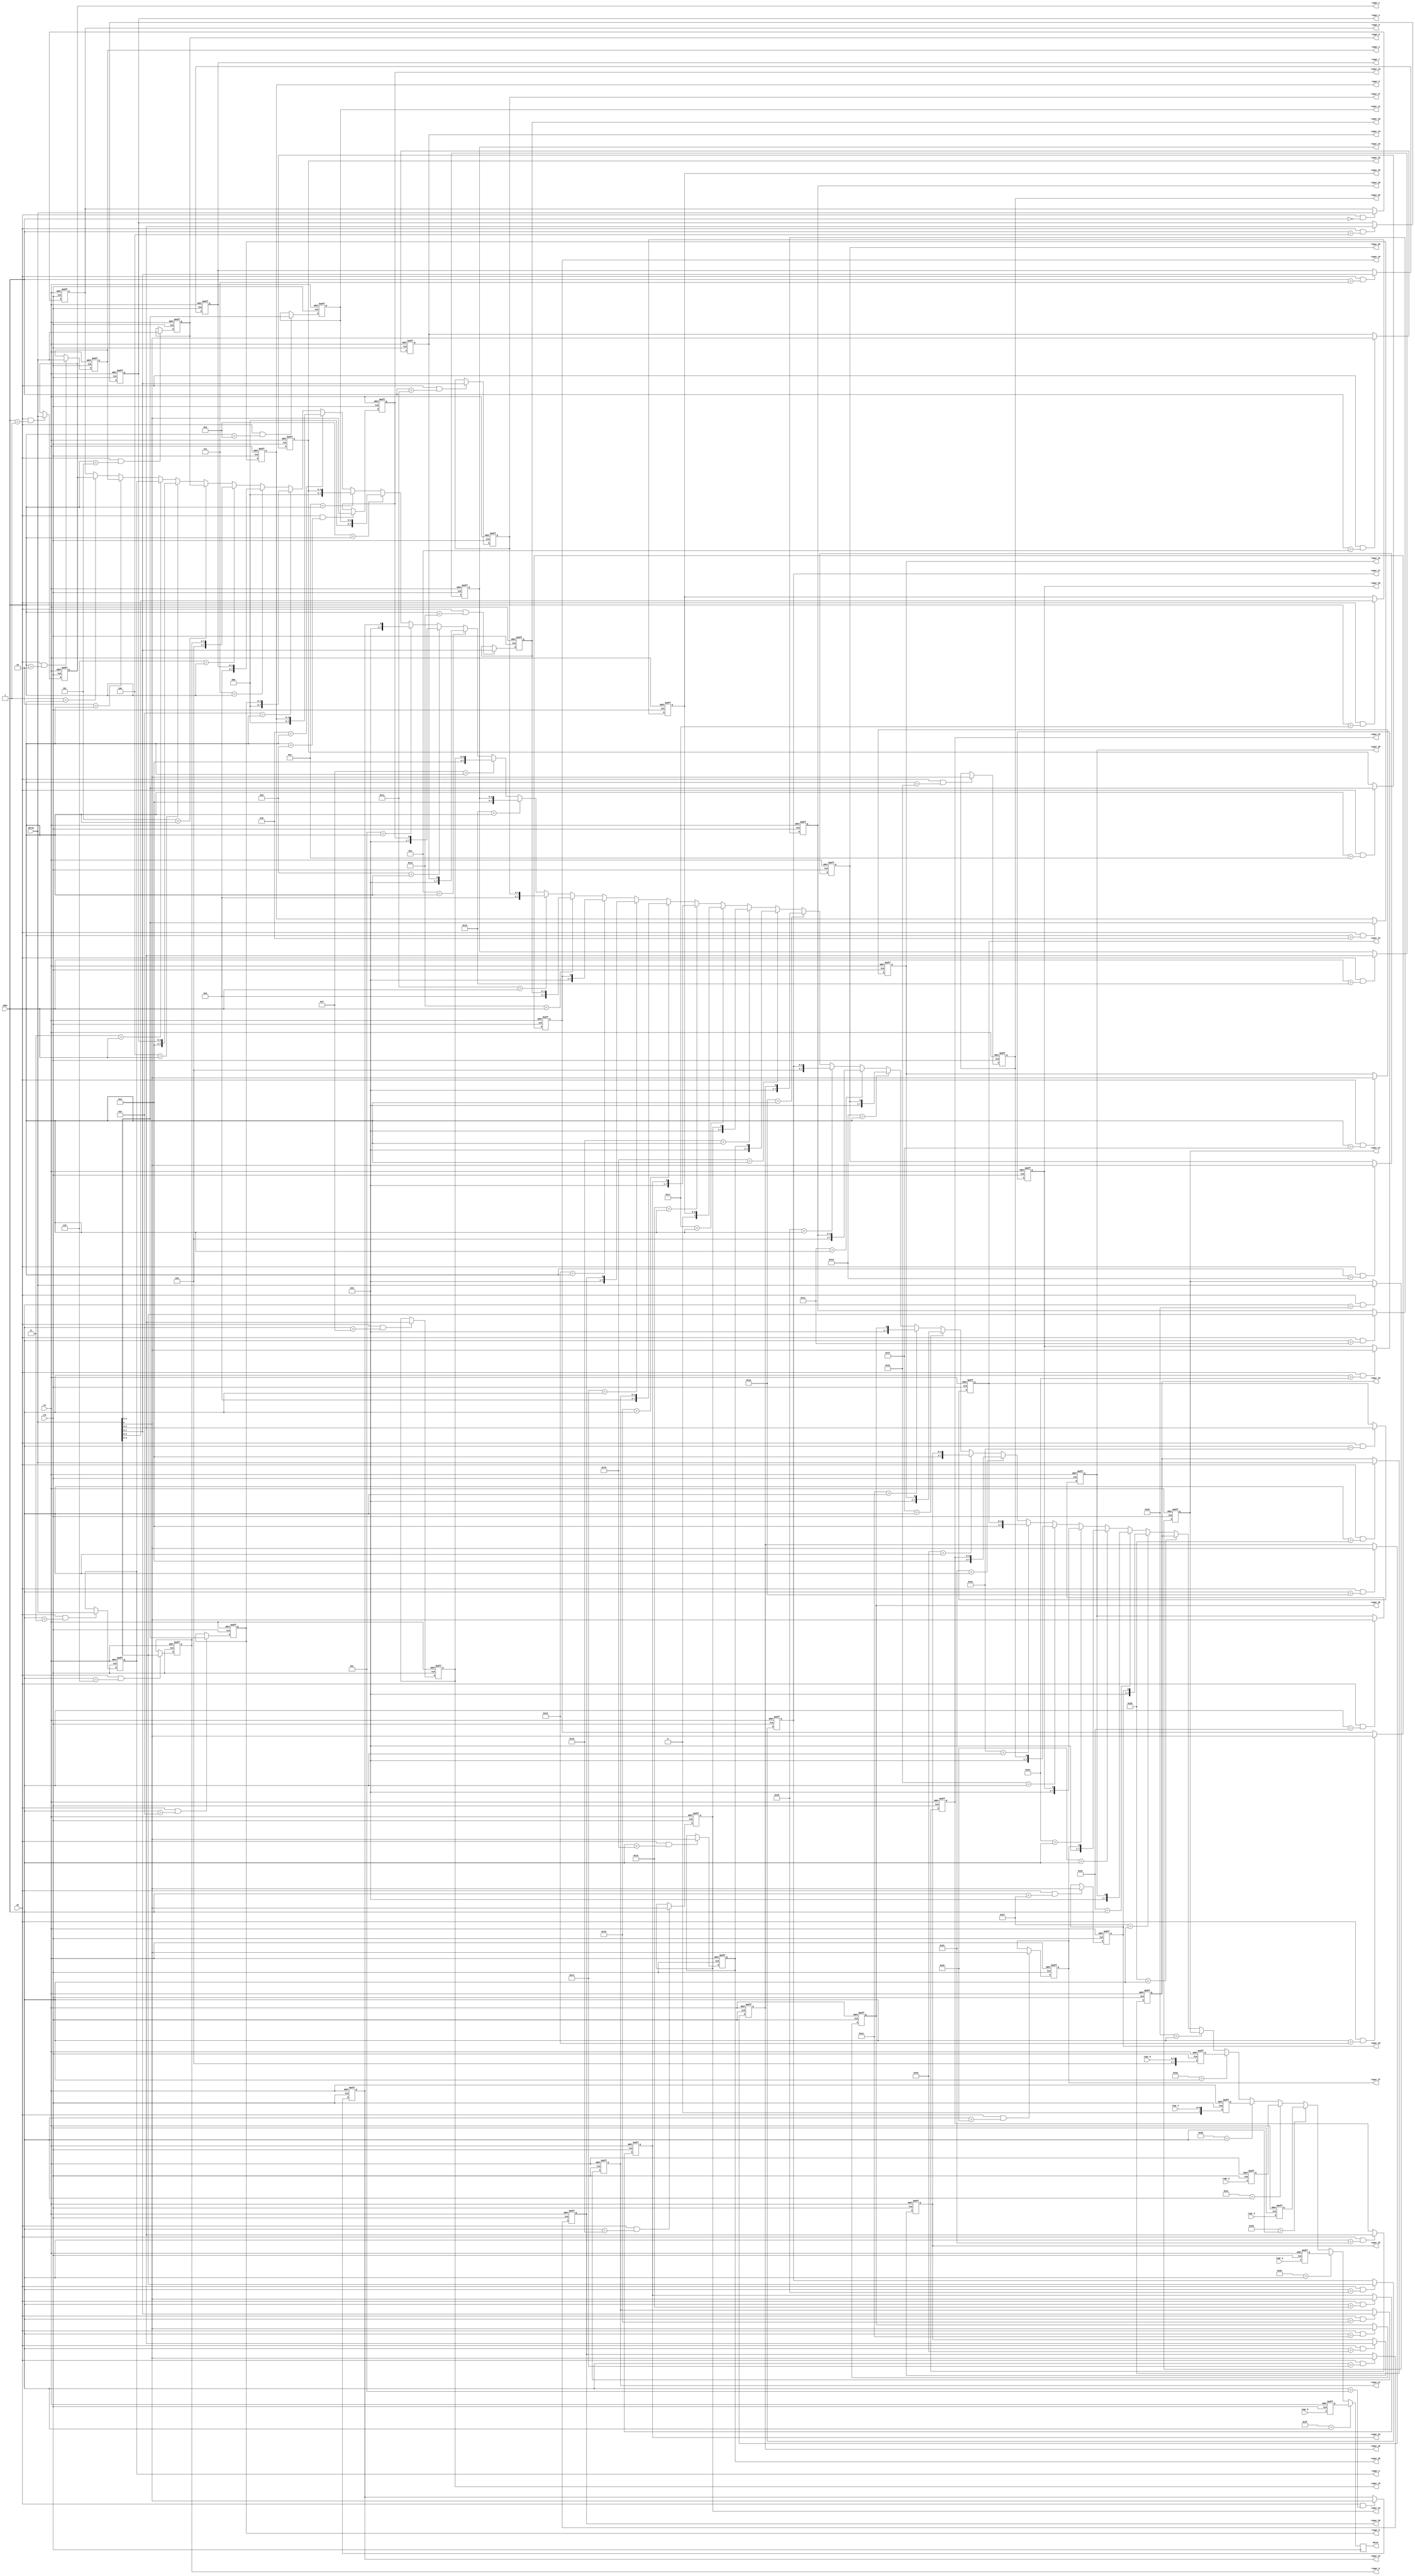
module registers(
  input        clk,
  input        rst,
  input        we,
  input  [7:0] dataw,
  input  [5:0] addr,
  output [7:0] datar,
  input  [3:0] regr_0,
  input  [6:0] regr_1,
  input  [7:0] regr_2,
  input  [7:0] regr_3,
  input  [7:0] regr_4,
  input  [7:0] regr_5,
  output [7:0] regwr_0,
  output [7:0] regwr_1,
  output [7:0] regwr_2,
  output [7:0] regwr_3,
  output [2:0] regwr_4,
  output [7:0] regwr_5,
  output [3:0] regwr_6,
  output [1:0] regwr_7,
  output [4:0] regwr_8,
  output [4:0] regwr_9,
  output [4:0] regwr_10,
  output [4:0] regwr_11,
  output       regwr_12,
  output       regwr_13,
  output       regwr_14,
  output [2:0] regwr_15,
  output [2:0] regwr_16,
  output [1:0] regwr_17,
  output [1:0] regwr_18,
  output       regwr_19,
  output       regwr_20,
  output [1:0] regwr_21,
  output       regwr_22,
  output [6:0] regwr_23,
  output       regwr_24,
  output       regwr_25,
  output       regwr_26,
  output [3:0] regwr_27,
  output [3:0] regwr_28,
  output       regwr_29,
  output       regwr_30,
  output       regwr_31,
  output [2:0] regwr_32,
  output [2:0] regwr_33,
  output [2:0] regwr_34,
  output       regwr_35,
  output       regwr_36,
  output       regwr_37,
  output       regwr_38,
  output       regwr_39,
  output [7:0] regwr_40,
  output [7:0] regwr_41
);
  reg [7:0] _T; // @[registers.scala 40:43]
  reg [31:0] _RAND_0;
  wire  _T_1 = addr == 6'h0; // @[registers.scala 41:39]
  wire  _T_2 = we & _T_1; // @[registers.scala 41:33]
  reg [7:0] _T_3; // @[registers.scala 40:43]
  reg [31:0] _RAND_1;
  wire  _T_4 = addr == 6'h1; // @[registers.scala 41:39]
  wire  _T_5 = we & _T_4; // @[registers.scala 41:33]
  reg [7:0] _T_6; // @[registers.scala 40:43]
  reg [31:0] _RAND_2;
  wire  _T_7 = addr == 6'h2; // @[registers.scala 41:39]
  wire  _T_8 = we & _T_7; // @[registers.scala 41:33]
  reg [7:0] _T_9; // @[registers.scala 40:43]
  reg [31:0] _RAND_3;
  wire  _T_10 = addr == 6'h3; // @[registers.scala 41:39]
  wire  _T_11 = we & _T_10; // @[registers.scala 41:33]
  reg [2:0] _T_12; // @[registers.scala 40:43]
  reg [31:0] _RAND_4;
  wire  _T_13 = addr == 6'h4; // @[registers.scala 41:39]
  wire  _T_14 = we & _T_13; // @[registers.scala 41:33]
  wire [7:0] _GEN_4 = _T_14 ? dataw : {{5'd0}, _T_12}; // @[registers.scala 41:46]
  reg [7:0] _T_15; // @[registers.scala 40:43]
  reg [31:0] _RAND_5;
  wire  _T_16 = addr == 6'h5; // @[registers.scala 41:39]
  wire  _T_17 = we & _T_16; // @[registers.scala 41:33]
  reg [3:0] _T_18; // @[registers.scala 40:43]
  reg [31:0] _RAND_6;
  wire  _T_19 = addr == 6'h6; // @[registers.scala 41:39]
  wire  _T_20 = we & _T_19; // @[registers.scala 41:33]
  wire [7:0] _GEN_6 = _T_20 ? dataw : {{4'd0}, _T_18}; // @[registers.scala 41:46]
  reg [1:0] _T_21; // @[registers.scala 40:43]
  reg [31:0] _RAND_7;
  wire  _T_22 = addr == 6'h7; // @[registers.scala 41:39]
  wire  _T_23 = we & _T_22; // @[registers.scala 41:33]
  wire [7:0] _GEN_7 = _T_23 ? dataw : {{6'd0}, _T_21}; // @[registers.scala 41:46]
  reg [4:0] _T_24; // @[registers.scala 40:43]
  reg [31:0] _RAND_8;
  wire  _T_25 = addr == 6'h8; // @[registers.scala 41:39]
  wire  _T_26 = we & _T_25; // @[registers.scala 41:33]
  wire [7:0] _GEN_8 = _T_26 ? dataw : {{3'd0}, _T_24}; // @[registers.scala 41:46]
  reg [4:0] _T_27; // @[registers.scala 40:43]
  reg [31:0] _RAND_9;
  wire  _T_28 = addr == 6'h9; // @[registers.scala 41:39]
  wire  _T_29 = we & _T_28; // @[registers.scala 41:33]
  wire [7:0] _GEN_9 = _T_29 ? dataw : {{3'd0}, _T_27}; // @[registers.scala 41:46]
  reg [4:0] _T_30; // @[registers.scala 40:43]
  reg [31:0] _RAND_10;
  wire  _T_31 = addr == 6'ha; // @[registers.scala 41:39]
  wire  _T_32 = we & _T_31; // @[registers.scala 41:33]
  wire [7:0] _GEN_10 = _T_32 ? dataw : {{3'd0}, _T_30}; // @[registers.scala 41:46]
  reg [4:0] _T_33; // @[registers.scala 40:43]
  reg [31:0] _RAND_11;
  wire  _T_34 = addr == 6'hb; // @[registers.scala 41:39]
  wire  _T_35 = we & _T_34; // @[registers.scala 41:33]
  wire [7:0] _GEN_11 = _T_35 ? dataw : {{3'd0}, _T_33}; // @[registers.scala 41:46]
  reg  _T_36; // @[registers.scala 40:43]
  reg [31:0] _RAND_12;
  wire  _T_37 = addr == 6'hc; // @[registers.scala 41:39]
  wire  _T_38 = we & _T_37; // @[registers.scala 41:33]
  wire [7:0] _GEN_12 = _T_38 ? dataw : {{7'd0}, _T_36}; // @[registers.scala 41:46]
  reg  _T_39; // @[registers.scala 40:43]
  reg [31:0] _RAND_13;
  wire  _T_40 = addr == 6'hd; // @[registers.scala 41:39]
  wire  _T_41 = we & _T_40; // @[registers.scala 41:33]
  wire [7:0] _GEN_13 = _T_41 ? dataw : {{7'd0}, _T_39}; // @[registers.scala 41:46]
  reg  _T_42; // @[registers.scala 40:43]
  reg [31:0] _RAND_14;
  wire  _T_43 = addr == 6'he; // @[registers.scala 41:39]
  wire  _T_44 = we & _T_43; // @[registers.scala 41:33]
  wire [7:0] _GEN_14 = _T_44 ? dataw : {{7'd0}, _T_42}; // @[registers.scala 41:46]
  reg [2:0] _T_45; // @[registers.scala 40:43]
  reg [31:0] _RAND_15;
  wire  _T_46 = addr == 6'hf; // @[registers.scala 41:39]
  wire  _T_47 = we & _T_46; // @[registers.scala 41:33]
  wire [7:0] _GEN_15 = _T_47 ? dataw : {{5'd0}, _T_45}; // @[registers.scala 41:46]
  reg [2:0] _T_48; // @[registers.scala 40:43]
  reg [31:0] _RAND_16;
  wire  _T_49 = addr == 6'h10; // @[registers.scala 41:39]
  wire  _T_50 = we & _T_49; // @[registers.scala 41:33]
  wire [7:0] _GEN_16 = _T_50 ? dataw : {{5'd0}, _T_48}; // @[registers.scala 41:46]
  reg [1:0] _T_51; // @[registers.scala 40:43]
  reg [31:0] _RAND_17;
  wire  _T_52 = addr == 6'h11; // @[registers.scala 41:39]
  wire  _T_53 = we & _T_52; // @[registers.scala 41:33]
  wire [7:0] _GEN_17 = _T_53 ? dataw : {{6'd0}, _T_51}; // @[registers.scala 41:46]
  reg [1:0] _T_54; // @[registers.scala 40:43]
  reg [31:0] _RAND_18;
  wire  _T_55 = addr == 6'h12; // @[registers.scala 41:39]
  wire  _T_56 = we & _T_55; // @[registers.scala 41:33]
  wire [7:0] _GEN_18 = _T_56 ? dataw : {{6'd0}, _T_54}; // @[registers.scala 41:46]
  reg  _T_57; // @[registers.scala 40:43]
  reg [31:0] _RAND_19;
  wire  _T_58 = addr == 6'h13; // @[registers.scala 41:39]
  wire  _T_59 = we & _T_58; // @[registers.scala 41:33]
  wire [7:0] _GEN_19 = _T_59 ? dataw : {{7'd0}, _T_57}; // @[registers.scala 41:46]
  reg  _T_60; // @[registers.scala 40:43]
  reg [31:0] _RAND_20;
  wire  _T_61 = addr == 6'h14; // @[registers.scala 41:39]
  wire  _T_62 = we & _T_61; // @[registers.scala 41:33]
  wire [7:0] _GEN_20 = _T_62 ? dataw : {{7'd0}, _T_60}; // @[registers.scala 41:46]
  reg [1:0] _T_63; // @[registers.scala 40:43]
  reg [31:0] _RAND_21;
  wire  _T_64 = addr == 6'h15; // @[registers.scala 41:39]
  wire  _T_65 = we & _T_64; // @[registers.scala 41:33]
  wire [7:0] _GEN_21 = _T_65 ? dataw : {{6'd0}, _T_63}; // @[registers.scala 41:46]
  reg  _T_66; // @[registers.scala 40:43]
  reg [31:0] _RAND_22;
  wire  _T_67 = addr == 6'h16; // @[registers.scala 41:39]
  wire  _T_68 = we & _T_67; // @[registers.scala 41:33]
  wire [7:0] _GEN_22 = _T_68 ? dataw : {{7'd0}, _T_66}; // @[registers.scala 41:46]
  reg [6:0] _T_69; // @[registers.scala 40:43]
  reg [31:0] _RAND_23;
  wire  _T_70 = addr == 6'h17; // @[registers.scala 41:39]
  wire  _T_71 = we & _T_70; // @[registers.scala 41:33]
  wire [7:0] _GEN_23 = _T_71 ? dataw : {{1'd0}, _T_69}; // @[registers.scala 41:46]
  reg  _T_72; // @[registers.scala 40:43]
  reg [31:0] _RAND_24;
  wire  _T_73 = addr == 6'h18; // @[registers.scala 41:39]
  wire  _T_74 = we & _T_73; // @[registers.scala 41:33]
  wire [7:0] _GEN_24 = _T_74 ? dataw : {{7'd0}, _T_72}; // @[registers.scala 41:46]
  reg  _T_75; // @[registers.scala 40:43]
  reg [31:0] _RAND_25;
  wire  _T_76 = addr == 6'h19; // @[registers.scala 41:39]
  wire  _T_77 = we & _T_76; // @[registers.scala 41:33]
  wire [7:0] _GEN_25 = _T_77 ? dataw : {{7'd0}, _T_75}; // @[registers.scala 41:46]
  reg  _T_78; // @[registers.scala 40:43]
  reg [31:0] _RAND_26;
  wire  _T_79 = addr == 6'h1a; // @[registers.scala 41:39]
  wire  _T_80 = we & _T_79; // @[registers.scala 41:33]
  wire [7:0] _GEN_26 = _T_80 ? dataw : {{7'd0}, _T_78}; // @[registers.scala 41:46]
  reg [3:0] _T_81; // @[registers.scala 40:43]
  reg [31:0] _RAND_27;
  wire  _T_82 = addr == 6'h1b; // @[registers.scala 41:39]
  wire  _T_83 = we & _T_82; // @[registers.scala 41:33]
  wire [7:0] _GEN_27 = _T_83 ? dataw : {{4'd0}, _T_81}; // @[registers.scala 41:46]
  reg [3:0] _T_84; // @[registers.scala 40:43]
  reg [31:0] _RAND_28;
  wire  _T_85 = addr == 6'h1c; // @[registers.scala 41:39]
  wire  _T_86 = we & _T_85; // @[registers.scala 41:33]
  wire [7:0] _GEN_28 = _T_86 ? dataw : {{4'd0}, _T_84}; // @[registers.scala 41:46]
  reg  _T_87; // @[registers.scala 40:43]
  reg [31:0] _RAND_29;
  wire  _T_88 = addr == 6'h1d; // @[registers.scala 41:39]
  wire  _T_89 = we & _T_88; // @[registers.scala 41:33]
  wire [7:0] _GEN_29 = _T_89 ? dataw : {{7'd0}, _T_87}; // @[registers.scala 41:46]
  reg  _T_90; // @[registers.scala 40:43]
  reg [31:0] _RAND_30;
  wire  _T_91 = addr == 6'h1e; // @[registers.scala 41:39]
  wire  _T_92 = we & _T_91; // @[registers.scala 41:33]
  wire [7:0] _GEN_30 = _T_92 ? dataw : {{7'd0}, _T_90}; // @[registers.scala 41:46]
  reg  _T_93; // @[registers.scala 40:43]
  reg [31:0] _RAND_31;
  wire  _T_94 = addr == 6'h1f; // @[registers.scala 41:39]
  wire  _T_95 = we & _T_94; // @[registers.scala 41:33]
  wire [7:0] _GEN_31 = _T_95 ? dataw : {{7'd0}, _T_93}; // @[registers.scala 41:46]
  reg [2:0] _T_96; // @[registers.scala 40:43]
  reg [31:0] _RAND_32;
  wire  _T_97 = addr == 6'h20; // @[registers.scala 41:39]
  wire  _T_98 = we & _T_97; // @[registers.scala 41:33]
  wire [7:0] _GEN_32 = _T_98 ? dataw : {{5'd0}, _T_96}; // @[registers.scala 41:46]
  reg [2:0] _T_99; // @[registers.scala 40:43]
  reg [31:0] _RAND_33;
  wire  _T_100 = addr == 6'h21; // @[registers.scala 41:39]
  wire  _T_101 = we & _T_100; // @[registers.scala 41:33]
  wire [7:0] _GEN_33 = _T_101 ? dataw : {{5'd0}, _T_99}; // @[registers.scala 41:46]
  reg [2:0] _T_102; // @[registers.scala 40:43]
  reg [31:0] _RAND_34;
  wire  _T_103 = addr == 6'h22; // @[registers.scala 41:39]
  wire  _T_104 = we & _T_103; // @[registers.scala 41:33]
  wire [7:0] _GEN_34 = _T_104 ? dataw : {{5'd0}, _T_102}; // @[registers.scala 41:46]
  reg  _T_105; // @[registers.scala 40:43]
  reg [31:0] _RAND_35;
  wire  _T_106 = addr == 6'h23; // @[registers.scala 41:39]
  wire  _T_107 = we & _T_106; // @[registers.scala 41:33]
  wire [7:0] _GEN_35 = _T_107 ? dataw : {{7'd0}, _T_105}; // @[registers.scala 41:46]
  reg  _T_108; // @[registers.scala 40:43]
  reg [31:0] _RAND_36;
  wire  _T_109 = addr == 6'h24; // @[registers.scala 41:39]
  wire  _T_110 = we & _T_109; // @[registers.scala 41:33]
  wire [7:0] _GEN_36 = _T_110 ? dataw : {{7'd0}, _T_108}; // @[registers.scala 41:46]
  reg  _T_111; // @[registers.scala 40:43]
  reg [31:0] _RAND_37;
  wire  _T_112 = addr == 6'h25; // @[registers.scala 41:39]
  wire  _T_113 = we & _T_112; // @[registers.scala 41:33]
  wire [7:0] _GEN_37 = _T_113 ? dataw : {{7'd0}, _T_111}; // @[registers.scala 41:46]
  reg  _T_114; // @[registers.scala 40:43]
  reg [31:0] _RAND_38;
  wire  _T_115 = addr == 6'h26; // @[registers.scala 41:39]
  wire  _T_116 = we & _T_115; // @[registers.scala 41:33]
  wire [7:0] _GEN_38 = _T_116 ? dataw : {{7'd0}, _T_114}; // @[registers.scala 41:46]
  reg  _T_117; // @[registers.scala 40:43]
  reg [31:0] _RAND_39;
  wire  _T_118 = addr == 6'h27; // @[registers.scala 41:39]
  wire  _T_119 = we & _T_118; // @[registers.scala 41:33]
  wire [7:0] _GEN_39 = _T_119 ? dataw : {{7'd0}, _T_117}; // @[registers.scala 41:46]
  reg [7:0] _T_120; // @[registers.scala 40:43]
  reg [31:0] _RAND_40;
  wire  _T_121 = addr == 6'h28; // @[registers.scala 41:39]
  wire  _T_122 = we & _T_121; // @[registers.scala 41:33]
  reg [7:0] _T_123; // @[registers.scala 40:43]
  reg [31:0] _RAND_41;
  wire  _T_124 = addr == 6'h29; // @[registers.scala 41:39]
  wire  _T_125 = we & _T_124; // @[registers.scala 41:33]
  reg [7:0] _T_128_0; // @[registers.scala 51:39]
  reg [31:0] _RAND_42;
  reg [7:0] _T_128_1; // @[registers.scala 51:39]
  reg [31:0] _RAND_43;
  reg [7:0] _T_128_2; // @[registers.scala 51:39]
  reg [31:0] _RAND_44;
  reg [7:0] _T_128_3; // @[registers.scala 51:39]
  reg [31:0] _RAND_45;
  reg [7:0] _T_128_4; // @[registers.scala 51:39]
  reg [31:0] _RAND_46;
  reg [7:0] _T_128_5; // @[registers.scala 51:39]
  reg [31:0] _RAND_47;
  wire [7:0] _T_126_4 = {{5'd0}, _T_12}; // @[registers.scala 48:37 registers.scala 49:26]
  wire [7:0] _T_126_6 = {{4'd0}, _T_18}; // @[registers.scala 48:37 registers.scala 49:26]
  wire [7:0] _T_126_9 = {{3'd0}, _T_27}; // @[registers.scala 48:37 registers.scala 49:26]
  wire [7:0] _T_126_8 = {{3'd0}, _T_24}; // @[registers.scala 48:37 registers.scala 49:26]
  wire [7:0] _T_126_7 = {{6'd0}, _T_21}; // @[registers.scala 48:37 registers.scala 49:26]
  wire [79:0] _T_143 = {_T_126_9,_T_126_8,_T_126_7,_T_126_6,_T_15,_T_126_4,_T_9,_T_6,_T_3,_T}; // @[registers.scala 61:68]
  wire [7:0] _T_126_11 = {{3'd0}, _T_33}; // @[registers.scala 48:37 registers.scala 49:26]
  wire [7:0] _T_126_10 = {{3'd0}, _T_30}; // @[registers.scala 48:37 registers.scala 49:26]
  wire [7:0] _T_126_14 = {{7'd0}, _T_42}; // @[registers.scala 48:37 registers.scala 49:26]
  wire [7:0] _T_126_13 = {{7'd0}, _T_39}; // @[registers.scala 48:37 registers.scala 49:26]
  wire [7:0] _T_126_12 = {{7'd0}, _T_36}; // @[registers.scala 48:37 registers.scala 49:26]
  wire [39:0] _T_147 = {_T_126_14,_T_126_13,_T_126_12,_T_126_11,_T_126_10}; // @[registers.scala 61:68]
  wire [7:0] _T_126_17 = {{6'd0}, _T_51}; // @[registers.scala 48:37 registers.scala 49:26]
  wire [7:0] _T_126_16 = {{5'd0}, _T_48}; // @[registers.scala 48:37 registers.scala 49:26]
  wire [7:0] _T_126_15 = {{5'd0}, _T_45}; // @[registers.scala 48:37 registers.scala 49:26]
  wire [7:0] _T_126_20 = {{7'd0}, _T_60}; // @[registers.scala 48:37 registers.scala 49:26]
  wire [7:0] _T_126_19 = {{7'd0}, _T_57}; // @[registers.scala 48:37 registers.scala 49:26]
  wire [7:0] _T_126_18 = {{6'd0}, _T_54}; // @[registers.scala 48:37 registers.scala 49:26]
  wire [167:0] _T_154 = {_T_126_20,_T_126_19,_T_126_18,_T_126_17,_T_126_16,_T_126_15,_T_147,_T_143}; // @[registers.scala 61:68]
  wire [7:0] _T_126_22 = {{7'd0}, _T_66}; // @[registers.scala 48:37 registers.scala 49:26]
  wire [7:0] _T_126_21 = {{6'd0}, _T_63}; // @[registers.scala 48:37 registers.scala 49:26]
  wire [7:0] _T_126_25 = {{7'd0}, _T_75}; // @[registers.scala 48:37 registers.scala 49:26]
  wire [7:0] _T_126_24 = {{7'd0}, _T_72}; // @[registers.scala 48:37 registers.scala 49:26]
  wire [7:0] _T_126_23 = {{1'd0}, _T_69}; // @[registers.scala 48:37 registers.scala 49:26]
  wire [7:0] _T_126_27 = {{4'd0}, _T_81}; // @[registers.scala 48:37 registers.scala 49:26]
  wire [7:0] _T_126_26 = {{7'd0}, _T_78}; // @[registers.scala 48:37 registers.scala 49:26]
  wire [7:0] _T_126_30 = {{7'd0}, _T_90}; // @[registers.scala 48:37 registers.scala 49:26]
  wire [7:0] _T_126_29 = {{7'd0}, _T_87}; // @[registers.scala 48:37 registers.scala 49:26]
  wire [7:0] _T_126_28 = {{4'd0}, _T_84}; // @[registers.scala 48:37 registers.scala 49:26]
  wire [79:0] _T_163 = {_T_126_30,_T_126_29,_T_126_28,_T_126_27,_T_126_26,_T_126_25,_T_126_24,_T_126_23,_T_126_22,_T_126_21}; // @[registers.scala 61:68]
  wire [7:0] _T_126_32 = {{5'd0}, _T_96}; // @[registers.scala 48:37 registers.scala 49:26]
  wire [7:0] _T_126_31 = {{7'd0}, _T_93}; // @[registers.scala 48:37 registers.scala 49:26]
  wire [7:0] _T_126_35 = {{7'd0}, _T_105}; // @[registers.scala 48:37 registers.scala 49:26]
  wire [7:0] _T_126_34 = {{5'd0}, _T_102}; // @[registers.scala 48:37 registers.scala 49:26]
  wire [7:0] _T_126_33 = {{5'd0}, _T_99}; // @[registers.scala 48:37 registers.scala 49:26]
  wire [39:0] _T_167 = {_T_126_35,_T_126_34,_T_126_33,_T_126_32,_T_126_31}; // @[registers.scala 61:68]
  wire [7:0] _T_126_38 = {{7'd0}, _T_114}; // @[registers.scala 48:37 registers.scala 49:26]
  wire [7:0] _T_126_37 = {{7'd0}, _T_111}; // @[registers.scala 48:37 registers.scala 49:26]
  wire [7:0] _T_126_36 = {{7'd0}, _T_108}; // @[registers.scala 48:37 registers.scala 49:26]
  wire [7:0] _T_126_39 = {{7'd0}, _T_117}; // @[registers.scala 48:37 registers.scala 49:26]
  wire [335:0] _T_175 = {_T_123,_T_120,_T_126_39,_T_126_38,_T_126_37,_T_126_36,_T_167,_T_163,_T_154}; // @[registers.scala 61:68]
  wire [383:0] _T_176 = {_T_128_5,_T_128_4,_T_128_3,_T_128_2,_T_128_1,_T_128_0,_T_175}; // @[Cat.scala 30:58]
  reg [7:0] _T_227; // @[registers.scala 63:37]
  reg [31:0] _RAND_48;
  assign datar = _T_227; // @[registers.scala 64:22]
  assign regwr_0 = _T; // @[registers.scala 46:33]
  assign regwr_1 = _T_3; // @[registers.scala 46:33]
  assign regwr_2 = _T_6; // @[registers.scala 46:33]
  assign regwr_3 = _T_9; // @[registers.scala 46:33]
  assign regwr_4 = _T_12; // @[registers.scala 46:33]
  assign regwr_5 = _T_15; // @[registers.scala 46:33]
  assign regwr_6 = _T_18; // @[registers.scala 46:33]
  assign regwr_7 = _T_21; // @[registers.scala 46:33]
  assign regwr_8 = _T_24; // @[registers.scala 46:33]
  assign regwr_9 = _T_27; // @[registers.scala 46:33]
  assign regwr_10 = _T_30; // @[registers.scala 46:33]
  assign regwr_11 = _T_33; // @[registers.scala 46:33]
  assign regwr_12 = _T_36; // @[registers.scala 46:33]
  assign regwr_13 = _T_39; // @[registers.scala 46:33]
  assign regwr_14 = _T_42; // @[registers.scala 46:33]
  assign regwr_15 = _T_45; // @[registers.scala 46:33]
  assign regwr_16 = _T_48; // @[registers.scala 46:33]
  assign regwr_17 = _T_51; // @[registers.scala 46:33]
  assign regwr_18 = _T_54; // @[registers.scala 46:33]
  assign regwr_19 = _T_57; // @[registers.scala 46:33]
  assign regwr_20 = _T_60; // @[registers.scala 46:33]
  assign regwr_21 = _T_63; // @[registers.scala 46:33]
  assign regwr_22 = _T_66; // @[registers.scala 46:33]
  assign regwr_23 = _T_69; // @[registers.scala 46:33]
  assign regwr_24 = _T_72; // @[registers.scala 46:33]
  assign regwr_25 = _T_75; // @[registers.scala 46:33]
  assign regwr_26 = _T_78; // @[registers.scala 46:33]
  assign regwr_27 = _T_81; // @[registers.scala 46:33]
  assign regwr_28 = _T_84; // @[registers.scala 46:33]
  assign regwr_29 = _T_87; // @[registers.scala 46:33]
  assign regwr_30 = _T_90; // @[registers.scala 46:33]
  assign regwr_31 = _T_93; // @[registers.scala 46:33]
  assign regwr_32 = _T_96; // @[registers.scala 46:33]
  assign regwr_33 = _T_99; // @[registers.scala 46:33]
  assign regwr_34 = _T_102; // @[registers.scala 46:33]
  assign regwr_35 = _T_105; // @[registers.scala 46:33]
  assign regwr_36 = _T_108; // @[registers.scala 46:33]
  assign regwr_37 = _T_111; // @[registers.scala 46:33]
  assign regwr_38 = _T_114; // @[registers.scala 46:33]
  assign regwr_39 = _T_117; // @[registers.scala 46:33]
  assign regwr_40 = _T_120; // @[registers.scala 46:33]
  assign regwr_41 = _T_123; // @[registers.scala 46:33]
`ifdef RANDOMIZE_GARBAGE_ASSIGN
`define RANDOMIZE
`endif
`ifdef RANDOMIZE_INVALID_ASSIGN
`define RANDOMIZE
`endif
`ifdef RANDOMIZE_REG_INIT
`define RANDOMIZE
`endif
`ifdef RANDOMIZE_MEM_INIT
`define RANDOMIZE
`endif
`ifndef RANDOM
`define RANDOM $random
`endif
`ifdef RANDOMIZE_MEM_INIT
  integer initvar;
`endif
`ifndef SYNTHESIS
initial begin
  `ifdef RANDOMIZE
    `ifdef INIT_RANDOM
      `INIT_RANDOM
    `endif
    `ifndef VERILATOR
      `ifdef RANDOMIZE_DELAY
        #`RANDOMIZE_DELAY begin end
      `else
        #0.002 begin end
      `endif
    `endif
  `ifdef RANDOMIZE_REG_INIT
  _RAND_0 = {1{`RANDOM}};
  _T = _RAND_0[7:0];
  `endif // RANDOMIZE_REG_INIT
  `ifdef RANDOMIZE_REG_INIT
  _RAND_1 = {1{`RANDOM}};
  _T_3 = _RAND_1[7:0];
  `endif // RANDOMIZE_REG_INIT
  `ifdef RANDOMIZE_REG_INIT
  _RAND_2 = {1{`RANDOM}};
  _T_6 = _RAND_2[7:0];
  `endif // RANDOMIZE_REG_INIT
  `ifdef RANDOMIZE_REG_INIT
  _RAND_3 = {1{`RANDOM}};
  _T_9 = _RAND_3[7:0];
  `endif // RANDOMIZE_REG_INIT
  `ifdef RANDOMIZE_REG_INIT
  _RAND_4 = {1{`RANDOM}};
  _T_12 = _RAND_4[2:0];
  `endif // RANDOMIZE_REG_INIT
  `ifdef RANDOMIZE_REG_INIT
  _RAND_5 = {1{`RANDOM}};
  _T_15 = _RAND_5[7:0];
  `endif // RANDOMIZE_REG_INIT
  `ifdef RANDOMIZE_REG_INIT
  _RAND_6 = {1{`RANDOM}};
  _T_18 = _RAND_6[3:0];
  `endif // RANDOMIZE_REG_INIT
  `ifdef RANDOMIZE_REG_INIT
  _RAND_7 = {1{`RANDOM}};
  _T_21 = _RAND_7[1:0];
  `endif // RANDOMIZE_REG_INIT
  `ifdef RANDOMIZE_REG_INIT
  _RAND_8 = {1{`RANDOM}};
  _T_24 = _RAND_8[4:0];
  `endif // RANDOMIZE_REG_INIT
  `ifdef RANDOMIZE_REG_INIT
  _RAND_9 = {1{`RANDOM}};
  _T_27 = _RAND_9[4:0];
  `endif // RANDOMIZE_REG_INIT
  `ifdef RANDOMIZE_REG_INIT
  _RAND_10 = {1{`RANDOM}};
  _T_30 = _RAND_10[4:0];
  `endif // RANDOMIZE_REG_INIT
  `ifdef RANDOMIZE_REG_INIT
  _RAND_11 = {1{`RANDOM}};
  _T_33 = _RAND_11[4:0];
  `endif // RANDOMIZE_REG_INIT
  `ifdef RANDOMIZE_REG_INIT
  _RAND_12 = {1{`RANDOM}};
  _T_36 = _RAND_12[0:0];
  `endif // RANDOMIZE_REG_INIT
  `ifdef RANDOMIZE_REG_INIT
  _RAND_13 = {1{`RANDOM}};
  _T_39 = _RAND_13[0:0];
  `endif // RANDOMIZE_REG_INIT
  `ifdef RANDOMIZE_REG_INIT
  _RAND_14 = {1{`RANDOM}};
  _T_42 = _RAND_14[0:0];
  `endif // RANDOMIZE_REG_INIT
  `ifdef RANDOMIZE_REG_INIT
  _RAND_15 = {1{`RANDOM}};
  _T_45 = _RAND_15[2:0];
  `endif // RANDOMIZE_REG_INIT
  `ifdef RANDOMIZE_REG_INIT
  _RAND_16 = {1{`RANDOM}};
  _T_48 = _RAND_16[2:0];
  `endif // RANDOMIZE_REG_INIT
  `ifdef RANDOMIZE_REG_INIT
  _RAND_17 = {1{`RANDOM}};
  _T_51 = _RAND_17[1:0];
  `endif // RANDOMIZE_REG_INIT
  `ifdef RANDOMIZE_REG_INIT
  _RAND_18 = {1{`RANDOM}};
  _T_54 = _RAND_18[1:0];
  `endif // RANDOMIZE_REG_INIT
  `ifdef RANDOMIZE_REG_INIT
  _RAND_19 = {1{`RANDOM}};
  _T_57 = _RAND_19[0:0];
  `endif // RANDOMIZE_REG_INIT
  `ifdef RANDOMIZE_REG_INIT
  _RAND_20 = {1{`RANDOM}};
  _T_60 = _RAND_20[0:0];
  `endif // RANDOMIZE_REG_INIT
  `ifdef RANDOMIZE_REG_INIT
  _RAND_21 = {1{`RANDOM}};
  _T_63 = _RAND_21[1:0];
  `endif // RANDOMIZE_REG_INIT
  `ifdef RANDOMIZE_REG_INIT
  _RAND_22 = {1{`RANDOM}};
  _T_66 = _RAND_22[0:0];
  `endif // RANDOMIZE_REG_INIT
  `ifdef RANDOMIZE_REG_INIT
  _RAND_23 = {1{`RANDOM}};
  _T_69 = _RAND_23[6:0];
  `endif // RANDOMIZE_REG_INIT
  `ifdef RANDOMIZE_REG_INIT
  _RAND_24 = {1{`RANDOM}};
  _T_72 = _RAND_24[0:0];
  `endif // RANDOMIZE_REG_INIT
  `ifdef RANDOMIZE_REG_INIT
  _RAND_25 = {1{`RANDOM}};
  _T_75 = _RAND_25[0:0];
  `endif // RANDOMIZE_REG_INIT
  `ifdef RANDOMIZE_REG_INIT
  _RAND_26 = {1{`RANDOM}};
  _T_78 = _RAND_26[0:0];
  `endif // RANDOMIZE_REG_INIT
  `ifdef RANDOMIZE_REG_INIT
  _RAND_27 = {1{`RANDOM}};
  _T_81 = _RAND_27[3:0];
  `endif // RANDOMIZE_REG_INIT
  `ifdef RANDOMIZE_REG_INIT
  _RAND_28 = {1{`RANDOM}};
  _T_84 = _RAND_28[3:0];
  `endif // RANDOMIZE_REG_INIT
  `ifdef RANDOMIZE_REG_INIT
  _RAND_29 = {1{`RANDOM}};
  _T_87 = _RAND_29[0:0];
  `endif // RANDOMIZE_REG_INIT
  `ifdef RANDOMIZE_REG_INIT
  _RAND_30 = {1{`RANDOM}};
  _T_90 = _RAND_30[0:0];
  `endif // RANDOMIZE_REG_INIT
  `ifdef RANDOMIZE_REG_INIT
  _RAND_31 = {1{`RANDOM}};
  _T_93 = _RAND_31[0:0];
  `endif // RANDOMIZE_REG_INIT
  `ifdef RANDOMIZE_REG_INIT
  _RAND_32 = {1{`RANDOM}};
  _T_96 = _RAND_32[2:0];
  `endif // RANDOMIZE_REG_INIT
  `ifdef RANDOMIZE_REG_INIT
  _RAND_33 = {1{`RANDOM}};
  _T_99 = _RAND_33[2:0];
  `endif // RANDOMIZE_REG_INIT
  `ifdef RANDOMIZE_REG_INIT
  _RAND_34 = {1{`RANDOM}};
  _T_102 = _RAND_34[2:0];
  `endif // RANDOMIZE_REG_INIT
  `ifdef RANDOMIZE_REG_INIT
  _RAND_35 = {1{`RANDOM}};
  _T_105 = _RAND_35[0:0];
  `endif // RANDOMIZE_REG_INIT
  `ifdef RANDOMIZE_REG_INIT
  _RAND_36 = {1{`RANDOM}};
  _T_108 = _RAND_36[0:0];
  `endif // RANDOMIZE_REG_INIT
  `ifdef RANDOMIZE_REG_INIT
  _RAND_37 = {1{`RANDOM}};
  _T_111 = _RAND_37[0:0];
  `endif // RANDOMIZE_REG_INIT
  `ifdef RANDOMIZE_REG_INIT
  _RAND_38 = {1{`RANDOM}};
  _T_114 = _RAND_38[0:0];
  `endif // RANDOMIZE_REG_INIT
  `ifdef RANDOMIZE_REG_INIT
  _RAND_39 = {1{`RANDOM}};
  _T_117 = _RAND_39[0:0];
  `endif // RANDOMIZE_REG_INIT
  `ifdef RANDOMIZE_REG_INIT
  _RAND_40 = {1{`RANDOM}};
  _T_120 = _RAND_40[7:0];
  `endif // RANDOMIZE_REG_INIT
  `ifdef RANDOMIZE_REG_INIT
  _RAND_41 = {1{`RANDOM}};
  _T_123 = _RAND_41[7:0];
  `endif // RANDOMIZE_REG_INIT
  `ifdef RANDOMIZE_REG_INIT
  _RAND_42 = {1{`RANDOM}};
  _T_128_0 = _RAND_42[7:0];
  `endif // RANDOMIZE_REG_INIT
  `ifdef RANDOMIZE_REG_INIT
  _RAND_43 = {1{`RANDOM}};
  _T_128_1 = _RAND_43[7:0];
  `endif // RANDOMIZE_REG_INIT
  `ifdef RANDOMIZE_REG_INIT
  _RAND_44 = {1{`RANDOM}};
  _T_128_2 = _RAND_44[7:0];
  `endif // RANDOMIZE_REG_INIT
  `ifdef RANDOMIZE_REG_INIT
  _RAND_45 = {1{`RANDOM}};
  _T_128_3 = _RAND_45[7:0];
  `endif // RANDOMIZE_REG_INIT
  `ifdef RANDOMIZE_REG_INIT
  _RAND_46 = {1{`RANDOM}};
  _T_128_4 = _RAND_46[7:0];
  `endif // RANDOMIZE_REG_INIT
  `ifdef RANDOMIZE_REG_INIT
  _RAND_47 = {1{`RANDOM}};
  _T_128_5 = _RAND_47[7:0];
  `endif // RANDOMIZE_REG_INIT
  `ifdef RANDOMIZE_REG_INIT
  _RAND_48 = {1{`RANDOM}};
  _T_227 = _RAND_48[7:0];
  `endif // RANDOMIZE_REG_INIT
  if (rst) begin
    _T = 8'h81;
  end
  if (rst) begin
    _T_3 = 8'hff;
  end
  if (rst) begin
    _T_6 = 8'h0;
  end
  if (rst) begin
    _T_9 = 8'h0;
  end
  if (rst) begin
    _T_12 = 3'h4;
  end
  if (rst) begin
    _T_15 = 8'hff;
  end
  if (rst) begin
    _T_18 = 4'h0;
  end
  if (rst) begin
    _T_21 = 2'h0;
  end
  if (rst) begin
    _T_24 = 5'hb;
  end
  if (rst) begin
    _T_27 = 5'h2;
  end
  if (rst) begin
    _T_30 = 5'h0;
  end
  if (rst) begin
    _T_33 = 5'h0;
  end
  if (rst) begin
    _T_36 = 1'h0;
  end
  if (rst) begin
    _T_39 = 1'h0;
  end
  if (rst) begin
    _T_42 = 1'h1;
  end
  if (rst) begin
    _T_45 = 3'h3;
  end
  if (rst) begin
    _T_48 = 3'h1;
  end
  if (rst) begin
    _T_51 = 2'h1;
  end
  if (rst) begin
    _T_54 = 2'h1;
  end
  if (rst) begin
    _T_57 = 1'h0;
  end
  if (rst) begin
    _T_60 = 1'h0;
  end
  if (rst) begin
    _T_63 = 2'h0;
  end
  if (rst) begin
    _T_66 = 1'h1;
  end
  if (rst) begin
    _T_69 = 7'h0;
  end
  if (rst) begin
    _T_72 = 1'h0;
  end
  if (rst) begin
    _T_75 = 1'h0;
  end
  if (rst) begin
    _T_78 = 1'h0;
  end
  if (rst) begin
    _T_81 = 4'h0;
  end
  if (rst) begin
    _T_84 = 4'h8;
  end
  if (rst) begin
    _T_87 = 1'h0;
  end
  if (rst) begin
    _T_90 = 1'h0;
  end
  if (rst) begin
    _T_93 = 1'h0;
  end
  if (rst) begin
    _T_96 = 3'h0;
  end
  if (rst) begin
    _T_99 = 3'h0;
  end
  if (rst) begin
    _T_102 = 3'h0;
  end
  if (rst) begin
    _T_105 = 1'h1;
  end
  if (rst) begin
    _T_108 = 1'h1;
  end
  if (rst) begin
    _T_111 = 1'h1;
  end
  if (rst) begin
    _T_114 = 1'h0;
  end
  if (rst) begin
    _T_117 = 1'h0;
  end
  if (rst) begin
    _T_120 = 8'h0;
  end
  if (rst) begin
    _T_123 = 8'h0;
  end
  if (rst) begin
    _T_128_0 = 8'h0;
  end
  if (rst) begin
    _T_128_1 = 8'h0;
  end
  if (rst) begin
    _T_128_2 = 8'h0;
  end
  if (rst) begin
    _T_128_3 = 8'h0;
  end
  if (rst) begin
    _T_128_4 = 8'h0;
  end
  if (rst) begin
    _T_128_5 = 8'h0;
  end
  `endif // RANDOMIZE
end // initial
`endif // SYNTHESIS
  always @(posedge clk) begin
    if (6'h2f == addr) begin
      _T_227 <= _T_176[383:376];
    end else if (6'h2e == addr) begin
      _T_227 <= _T_176[375:368];
    end else if (6'h2d == addr) begin
      _T_227 <= _T_176[367:360];
    end else if (6'h2c == addr) begin
      _T_227 <= _T_176[359:352];
    end else if (6'h2b == addr) begin
      _T_227 <= _T_176[351:344];
    end else if (6'h2a == addr) begin
      _T_227 <= _T_176[343:336];
    end else if (6'h29 == addr) begin
      _T_227 <= _T_176[335:328];
    end else if (6'h28 == addr) begin
      _T_227 <= _T_176[327:320];
    end else if (6'h27 == addr) begin
      _T_227 <= _T_176[319:312];
    end else if (6'h26 == addr) begin
      _T_227 <= _T_176[311:304];
    end else if (6'h25 == addr) begin
      _T_227 <= _T_176[303:296];
    end else if (6'h24 == addr) begin
      _T_227 <= _T_176[295:288];
    end else if (6'h23 == addr) begin
      _T_227 <= _T_176[287:280];
    end else if (6'h22 == addr) begin
      _T_227 <= _T_176[279:272];
    end else if (6'h21 == addr) begin
      _T_227 <= _T_176[271:264];
    end else if (6'h20 == addr) begin
      _T_227 <= _T_176[263:256];
    end else if (6'h1f == addr) begin
      _T_227 <= _T_176[255:248];
    end else if (6'h1e == addr) begin
      _T_227 <= _T_176[247:240];
    end else if (6'h1d == addr) begin
      _T_227 <= _T_176[239:232];
    end else if (6'h1c == addr) begin
      _T_227 <= _T_176[231:224];
    end else if (6'h1b == addr) begin
      _T_227 <= _T_176[223:216];
    end else if (6'h1a == addr) begin
      _T_227 <= _T_176[215:208];
    end else if (6'h19 == addr) begin
      _T_227 <= _T_176[207:200];
    end else if (6'h18 == addr) begin
      _T_227 <= _T_176[199:192];
    end else if (6'h17 == addr) begin
      _T_227 <= _T_176[191:184];
    end else if (6'h16 == addr) begin
      _T_227 <= _T_176[183:176];
    end else if (6'h15 == addr) begin
      _T_227 <= _T_176[175:168];
    end else if (6'h14 == addr) begin
      _T_227 <= _T_176[167:160];
    end else if (6'h13 == addr) begin
      _T_227 <= _T_176[159:152];
    end else if (6'h12 == addr) begin
      _T_227 <= _T_176[151:144];
    end else if (6'h11 == addr) begin
      _T_227 <= _T_176[143:136];
    end else if (6'h10 == addr) begin
      _T_227 <= _T_176[135:128];
    end else if (6'hf == addr) begin
      _T_227 <= _T_176[127:120];
    end else if (6'he == addr) begin
      _T_227 <= _T_176[119:112];
    end else if (6'hd == addr) begin
      _T_227 <= _T_176[111:104];
    end else if (6'hc == addr) begin
      _T_227 <= _T_176[103:96];
    end else if (6'hb == addr) begin
      _T_227 <= _T_176[95:88];
    end else if (6'ha == addr) begin
      _T_227 <= _T_176[87:80];
    end else if (6'h9 == addr) begin
      _T_227 <= _T_176[79:72];
    end else if (6'h8 == addr) begin
      _T_227 <= _T_176[71:64];
    end else if (6'h7 == addr) begin
      _T_227 <= _T_176[63:56];
    end else if (6'h6 == addr) begin
      _T_227 <= _T_176[55:48];
    end else if (6'h5 == addr) begin
      _T_227 <= _T_176[47:40];
    end else if (6'h4 == addr) begin
      _T_227 <= _T_176[39:32];
    end else if (6'h3 == addr) begin
      _T_227 <= _T_176[31:24];
    end else if (6'h2 == addr) begin
      _T_227 <= _T_176[23:16];
    end else if (6'h1 == addr) begin
      _T_227 <= _T_176[15:8];
    end else begin
      _T_227 <= _T_176[7:0];
    end
  end
  always @(posedge clk or posedge rst) begin
    if (rst) begin
      _T <= 8'h81;
    end else if (_T_2) begin
      _T <= dataw;
    end
  end
  always @(posedge clk or posedge rst) begin
    if (rst) begin
      _T_3 <= 8'hff;
    end else if (_T_5) begin
      _T_3 <= dataw;
    end
  end
  always @(posedge clk or posedge rst) begin
    if (rst) begin
      _T_6 <= 8'h0;
    end else if (_T_8) begin
      _T_6 <= dataw;
    end
  end
  always @(posedge clk or posedge rst) begin
    if (rst) begin
      _T_9 <= 8'h0;
    end else if (_T_11) begin
      _T_9 <= dataw;
    end
  end
  always @(posedge clk or posedge rst) begin
    if (rst) begin
      _T_12 <= 3'h4;
    end else begin
      _T_12 <= _GEN_4[2:0];
    end
  end
  always @(posedge clk or posedge rst) begin
    if (rst) begin
      _T_15 <= 8'hff;
    end else if (_T_17) begin
      _T_15 <= dataw;
    end
  end
  always @(posedge clk or posedge rst) begin
    if (rst) begin
      _T_18 <= 4'h0;
    end else begin
      _T_18 <= _GEN_6[3:0];
    end
  end
  always @(posedge clk or posedge rst) begin
    if (rst) begin
      _T_21 <= 2'h0;
    end else begin
      _T_21 <= _GEN_7[1:0];
    end
  end
  always @(posedge clk or posedge rst) begin
    if (rst) begin
      _T_24 <= 5'hb;
    end else begin
      _T_24 <= _GEN_8[4:0];
    end
  end
  always @(posedge clk or posedge rst) begin
    if (rst) begin
      _T_27 <= 5'h2;
    end else begin
      _T_27 <= _GEN_9[4:0];
    end
  end
  always @(posedge clk or posedge rst) begin
    if (rst) begin
      _T_30 <= 5'h0;
    end else begin
      _T_30 <= _GEN_10[4:0];
    end
  end
  always @(posedge clk or posedge rst) begin
    if (rst) begin
      _T_33 <= 5'h0;
    end else begin
      _T_33 <= _GEN_11[4:0];
    end
  end
  always @(posedge clk or posedge rst) begin
    if (rst) begin
      _T_36 <= 1'h0;
    end else begin
      _T_36 <= _GEN_12[0];
    end
  end
  always @(posedge clk or posedge rst) begin
    if (rst) begin
      _T_39 <= 1'h0;
    end else begin
      _T_39 <= _GEN_13[0];
    end
  end
  always @(posedge clk or posedge rst) begin
    if (rst) begin
      _T_42 <= 1'h1;
    end else begin
      _T_42 <= _GEN_14[0];
    end
  end
  always @(posedge clk or posedge rst) begin
    if (rst) begin
      _T_45 <= 3'h3;
    end else begin
      _T_45 <= _GEN_15[2:0];
    end
  end
  always @(posedge clk or posedge rst) begin
    if (rst) begin
      _T_48 <= 3'h1;
    end else begin
      _T_48 <= _GEN_16[2:0];
    end
  end
  always @(posedge clk or posedge rst) begin
    if (rst) begin
      _T_51 <= 2'h1;
    end else begin
      _T_51 <= _GEN_17[1:0];
    end
  end
  always @(posedge clk or posedge rst) begin
    if (rst) begin
      _T_54 <= 2'h1;
    end else begin
      _T_54 <= _GEN_18[1:0];
    end
  end
  always @(posedge clk or posedge rst) begin
    if (rst) begin
      _T_57 <= 1'h0;
    end else begin
      _T_57 <= _GEN_19[0];
    end
  end
  always @(posedge clk or posedge rst) begin
    if (rst) begin
      _T_60 <= 1'h0;
    end else begin
      _T_60 <= _GEN_20[0];
    end
  end
  always @(posedge clk or posedge rst) begin
    if (rst) begin
      _T_63 <= 2'h0;
    end else begin
      _T_63 <= _GEN_21[1:0];
    end
  end
  always @(posedge clk or posedge rst) begin
    if (rst) begin
      _T_66 <= 1'h1;
    end else begin
      _T_66 <= _GEN_22[0];
    end
  end
  always @(posedge clk or posedge rst) begin
    if (rst) begin
      _T_69 <= 7'h0;
    end else begin
      _T_69 <= _GEN_23[6:0];
    end
  end
  always @(posedge clk or posedge rst) begin
    if (rst) begin
      _T_72 <= 1'h0;
    end else begin
      _T_72 <= _GEN_24[0];
    end
  end
  always @(posedge clk or posedge rst) begin
    if (rst) begin
      _T_75 <= 1'h0;
    end else begin
      _T_75 <= _GEN_25[0];
    end
  end
  always @(posedge clk or posedge rst) begin
    if (rst) begin
      _T_78 <= 1'h0;
    end else begin
      _T_78 <= _GEN_26[0];
    end
  end
  always @(posedge clk or posedge rst) begin
    if (rst) begin
      _T_81 <= 4'h0;
    end else begin
      _T_81 <= _GEN_27[3:0];
    end
  end
  always @(posedge clk or posedge rst) begin
    if (rst) begin
      _T_84 <= 4'h8;
    end else begin
      _T_84 <= _GEN_28[3:0];
    end
  end
  always @(posedge clk or posedge rst) begin
    if (rst) begin
      _T_87 <= 1'h0;
    end else begin
      _T_87 <= _GEN_29[0];
    end
  end
  always @(posedge clk or posedge rst) begin
    if (rst) begin
      _T_90 <= 1'h0;
    end else begin
      _T_90 <= _GEN_30[0];
    end
  end
  always @(posedge clk or posedge rst) begin
    if (rst) begin
      _T_93 <= 1'h0;
    end else begin
      _T_93 <= _GEN_31[0];
    end
  end
  always @(posedge clk or posedge rst) begin
    if (rst) begin
      _T_96 <= 3'h0;
    end else begin
      _T_96 <= _GEN_32[2:0];
    end
  end
  always @(posedge clk or posedge rst) begin
    if (rst) begin
      _T_99 <= 3'h0;
    end else begin
      _T_99 <= _GEN_33[2:0];
    end
  end
  always @(posedge clk or posedge rst) begin
    if (rst) begin
      _T_102 <= 3'h0;
    end else begin
      _T_102 <= _GEN_34[2:0];
    end
  end
  always @(posedge clk or posedge rst) begin
    if (rst) begin
      _T_105 <= 1'h1;
    end else begin
      _T_105 <= _GEN_35[0];
    end
  end
  always @(posedge clk or posedge rst) begin
    if (rst) begin
      _T_108 <= 1'h1;
    end else begin
      _T_108 <= _GEN_36[0];
    end
  end
  always @(posedge clk or posedge rst) begin
    if (rst) begin
      _T_111 <= 1'h1;
    end else begin
      _T_111 <= _GEN_37[0];
    end
  end
  always @(posedge clk or posedge rst) begin
    if (rst) begin
      _T_114 <= 1'h0;
    end else begin
      _T_114 <= _GEN_38[0];
    end
  end
  always @(posedge clk or posedge rst) begin
    if (rst) begin
      _T_117 <= 1'h0;
    end else begin
      _T_117 <= _GEN_39[0];
    end
  end
  always @(posedge clk or posedge rst) begin
    if (rst) begin
      _T_120 <= 8'h0;
    end else if (_T_122) begin
      _T_120 <= dataw;
    end
  end
  always @(posedge clk or posedge rst) begin
    if (rst) begin
      _T_123 <= 8'h0;
    end else if (_T_125) begin
      _T_123 <= dataw;
    end
  end
  always @(posedge clk or posedge rst) begin
    if (rst) begin
      _T_128_0 <= 8'h0;
    end else begin
      _T_128_0 <= {{4'd0}, regr_0};
    end
  end
  always @(posedge clk or posedge rst) begin
    if (rst) begin
      _T_128_1 <= 8'h0;
    end else begin
      _T_128_1 <= {{1'd0}, regr_1};
    end
  end
  always @(posedge clk or posedge rst) begin
    if (rst) begin
      _T_128_2 <= 8'h0;
    end else begin
      _T_128_2 <= regr_2;
    end
  end
  always @(posedge clk or posedge rst) begin
    if (rst) begin
      _T_128_3 <= 8'h0;
    end else begin
      _T_128_3 <= regr_3;
    end
  end
  always @(posedge clk or posedge rst) begin
    if (rst) begin
      _T_128_4 <= 8'h0;
    end else begin
      _T_128_4 <= regr_4;
    end
  end
  always @(posedge clk or posedge rst) begin
    if (rst) begin
      _T_128_5 <= 8'h0;
    end else begin
      _T_128_5 <= regr_5;
    end
  end
endmodule